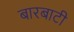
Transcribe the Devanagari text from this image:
बारबाटी